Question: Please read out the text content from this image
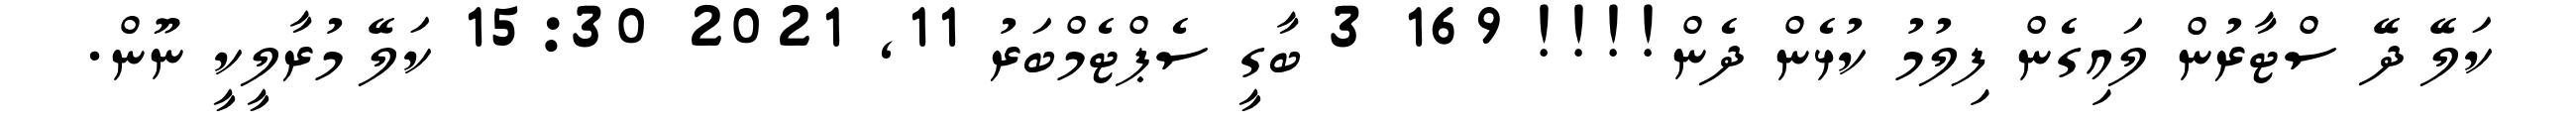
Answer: ކަލޭ ދޭ ސްޓާރުން ލައިގެން ފިލުމު ކުޅެން ދެން!!!! 169 3 ބާގީ ސެޕްޓެމްބަރު 11, 2021 15:30 ކަލޭ މުރާލީކީ ނޫން.